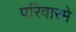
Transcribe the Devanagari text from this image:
परिवारमे